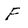
Character: F